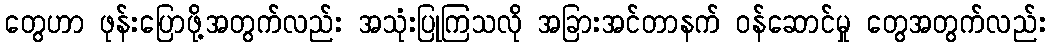
တွေဟာ ဖုန်းပြောဖို့အတွက်လည်း အသုံးပြုကြသလို အခြားအင်တာနက် ဝန်ဆောင်မှု တွေအတွက်လည်း